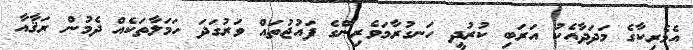
އެމެރިކާގެ މަދަދާއެކު އަރަބި ކުރުދީ ހަނގުރާމަވެރިންގެ ފައުޖުތައް ވަރުގަދަ ހަމަލާތަކެއް ދެމުން ރަޤާއާ